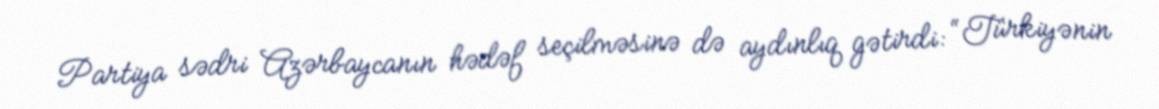
Partiya sədri Azərbaycanın hədəf seçilməsinə də aydınlıq gətirdi: “Türkiyənin